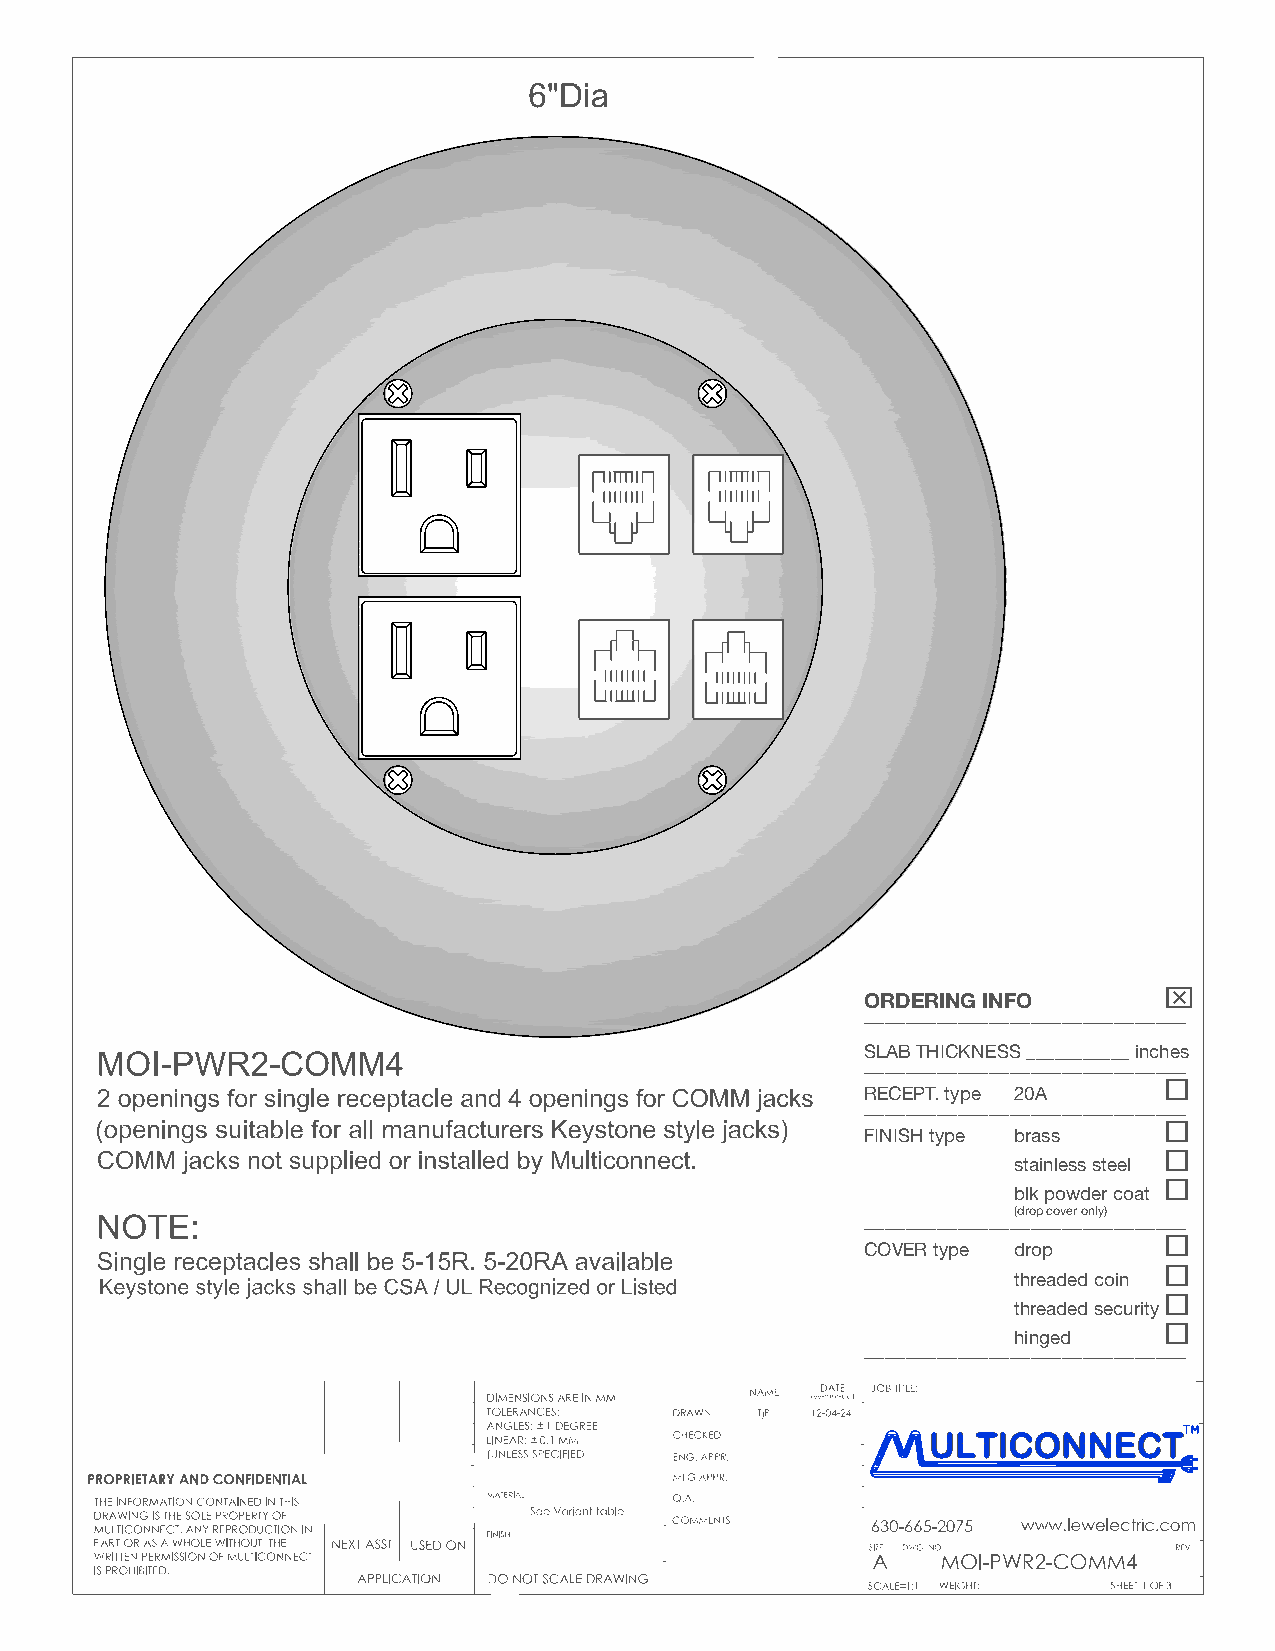

 ORDERING INFO
 _______________________________
 SLAB THICKNESS ___________ inches
 _______________________________
 
 RECEPT. type 20A
 _______________________________
 
 FINISH type brass
 
 stainless steel
 
 blk powder coat
 ________ _______(d_ro_p_ c_ov_e_r o_n_ly_) _______
 
 COVER type drop
 
 threaded coin
 
 threaded security
 
 hinged
 _______________________________